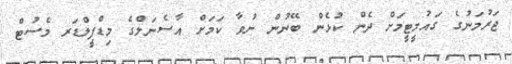
ޖަރުމަނުގެ ގައުމީޓީމަށް ދެން ކުޅެން ބޭނުން ނުވާ ކަމަށް އާސެނަލްގެ މިޑްފީލްޑަރ މެސުޓް